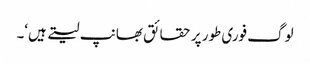
لوگ فوری طور پر حقائق بھانپ لیتے ہیں‘۔